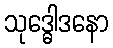
သုဒ္ဓေါဒနော